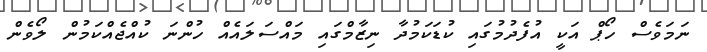
ނަމަވެސް ހޯޕް އަކީ އުފެދުމުގައި ކުޑަކަމުދާ ނިޒާމްގައި މައްސަލައެއް ހުންނަ ކުއްޖެއްކަމުން ލޯވެން